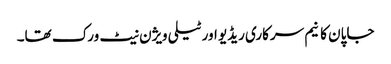
جاپان کا نیم سرکاری ریڈیو اور ٹیلی ویژن نیٹ ورک تھا۔